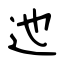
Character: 迆